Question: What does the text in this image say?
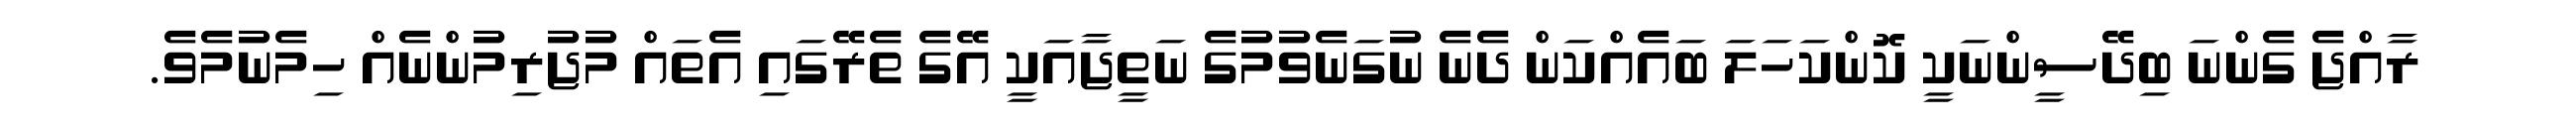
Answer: ރާއްޖެ ގެންނަ ބިދޭސީންނަކީ ކޮންކަހަލަ ބައެއްކަން ދެނެ ނުގަނެވުމުގެ ނަތީޖާއަކީ އޭގެ ތެރޭގައި އެތައް މުޖުރިމުންނެއް ހިމެނުމެވެ.